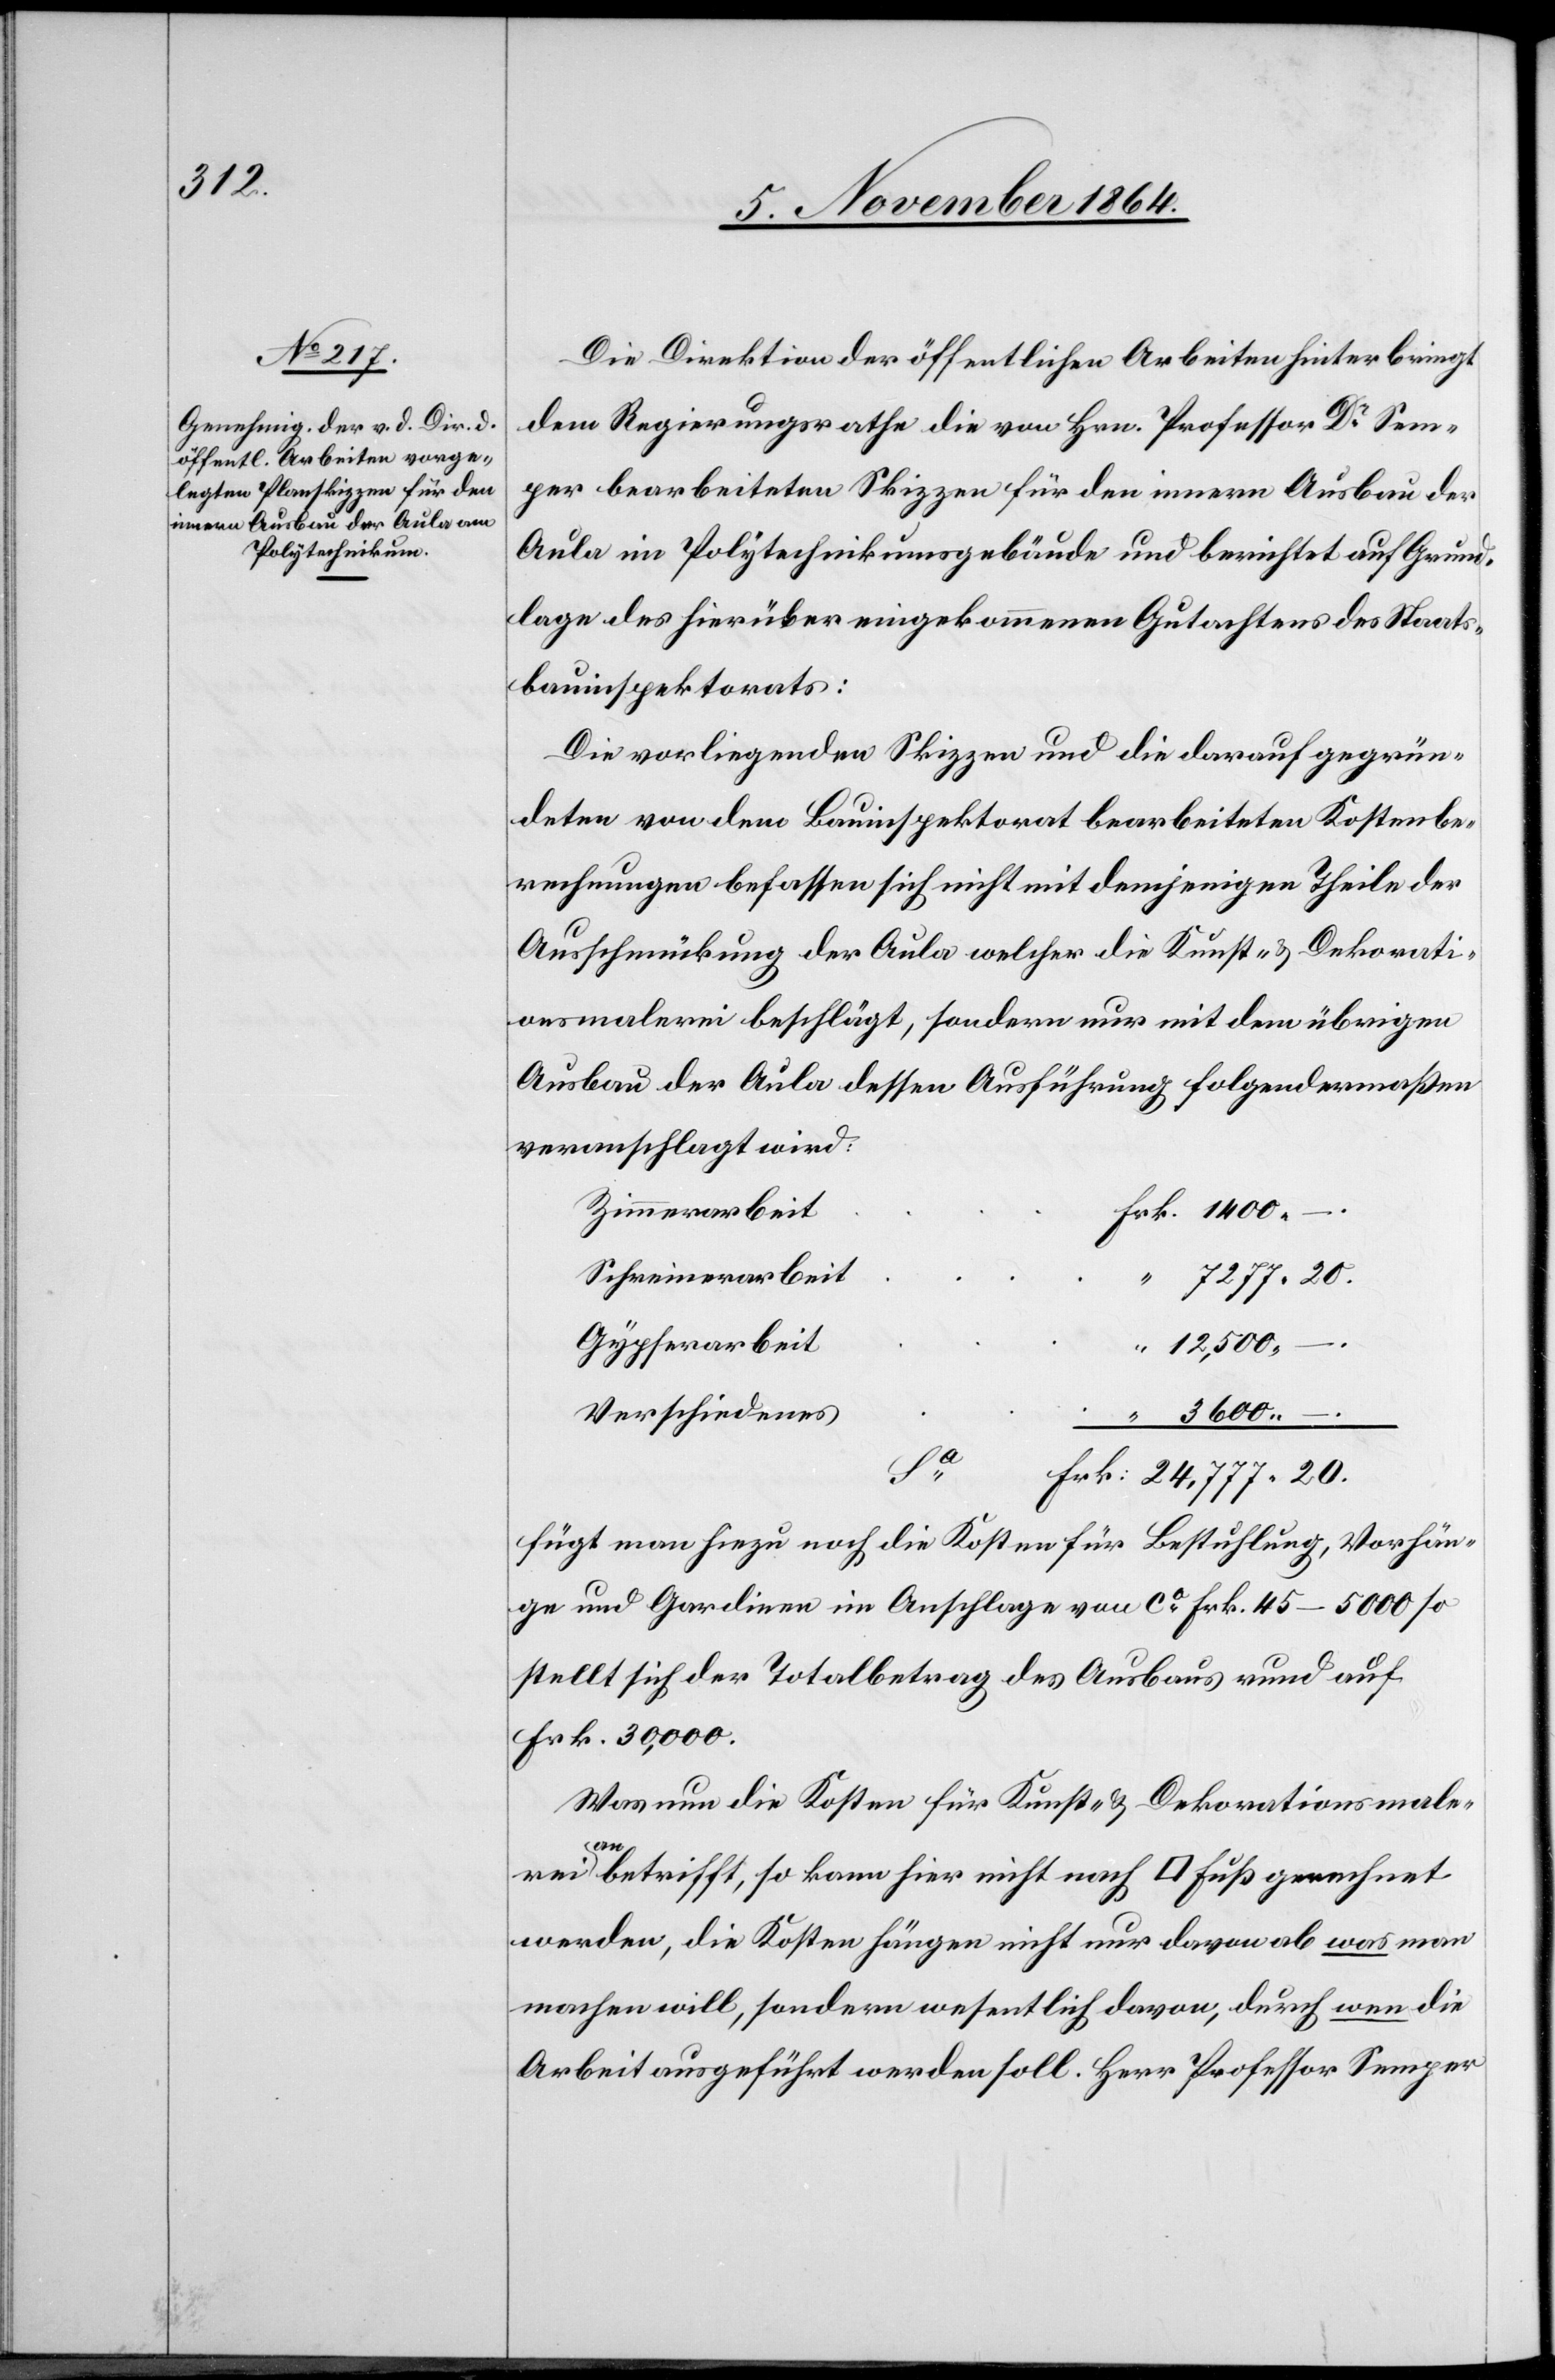
Die Direktion der öffentlichen Arbeiten hinterbringt
dem Regierungsrathe die von Hrn. Professor Dr Sem¬
per bearbeiteten Skizzen für den innern Ausbau der
Aula im Polytechnikumsgebäude und berichtet auf Grund¬
lage des hierüber eingekommenen Gutachtens des Staats¬
bauinspektorats:
Die vorliegenden Skizzen und die darauf gegrün¬
deten von dem Bauinspektorat bearbeiteten Kostenbe¬
rechnungen befassen sich nicht mit demjenigen Theile der
Ausschmückung der Aula welcher die Kunst- & Dekorati¬
onsmalerei beschlägt, sondern nur mit dem übrigen
Ausbau der Aula dessen Ausführung folgendermaßen
veranschlagt wird:
Zimmerarbeit
Schreinerarbeit
7277.20.
Gypserarbeit
12,500.
–.
Verschiedenes
3600. –.
Frk.
Fügt man hiezu noch die Kosten für Bestuhlung, Vorhän¬
ge und Gardinen im Anschlage von ca Frk. 45–5000 so
stellt sich der Totalbetrag des Ausbaus auf
Frk. 30,000.
Was nun die Kosten für Kunst- & Dekorationsmale¬
rei
a-an-abetrifft, so kann hier nicht nach [Quadratfuss] gerechnet
werden, die Kosten hängen nicht nur davon ab was man
machen will, sondern wesentlich davon, durch wen die
Arbeit ausgeführt werden soll. Herr Professor Semper